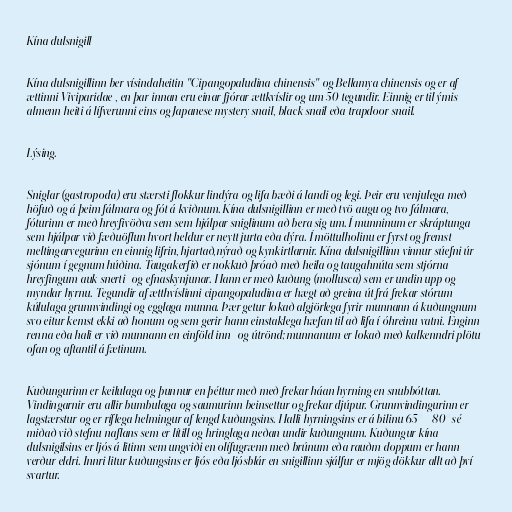
Kína dulsnigill

Kína dulsnigillinn ber vísindaheitin "Cipangopaludina chinensis" og Bellamya chinensis og er af
ættinni Viviparidae , en þar innan eru einar fjórar ættkvíslir og um 50 tegundir. Einnig er til ýmis
almenn heiti á lífverunni eins og Japanese mystery snail, black snail eða trapdoor snail.

Lýsing.

Sniglar (gastropoda) eru stærsti flokkur lindýra og lifa bæði á landi og legi. Þeir eru venjulega með
höfuð og á þeim fálmara og fót á kviðnum. Kína dulsnigillinn er með tvö augu og tvo fálmara,
fóturinn er með hreyfivöðva sem sem hjálpar sniglinum að bera sig um. Í munninum er skráptunga
sem hjálpar við fæðuöflun hvort heldur er neytt jurta eða dýra. Í möttulholinu er fyrst og fremst
meltingarvegurinn en einnig lifrin, hjartað,nýrað og kynkirtlarnir. Kína dulsnigillinn vinnur súefni úr
sjónum í gegnum húðina. Taugakerfið er nokkuð þróað með heila og taugahnúta sem stjórna
hreyfingum auk snerti- og efnaskynjunar. Hann er með kuðung (mollusca) sem er undin upp og
myndar hyrnu. Tegundir af ætthvíslinni cipangopaludina er hægt að greina út frá frekar stórum
kúlulaga grunnvindingi og egglaga munna. Þær getur lokað algjörlega fyrir munnann á kuðungnum
svo eitur kemst ekki að honum og sem gerir hann einstaklega hæfan til að lifa í óhreinu vatni. Enginn
renna eða hali er við munnann en einföld inn- og útrönd; munnanum er lokað með kalkenndri plötu
ofan og aftantil á fætinum.

Kuðungurinn er keilulaga og þunnur en þéttur með með frekar háan hyrning en snubbóttan.
Vindingarnir eru allir bumbulaga og saumurinn beinsettur og frekar djúpur. Grunnvindingurinn er
lagstærstur og er ríflega helmingur af lengd kuðungsins. Halli hyrningsins er á bilinu 65° - 80° sé
miðað við stefnu naflans sem er lítill og hringlaga neðan undir kuðungnum. Kuðungur kína
dulsnigilsins er ljós á litinn sem ungviði en olífugrænn með brúnum eða rauðm doppum er hann
verður eldri. Innri litur kuðungsins er ljós eða ljósblár en snigillinn sjálfur er mjög dökkur allt að því
svartur.